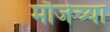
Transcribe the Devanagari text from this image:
मौजेच्या